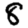
Digit: 8